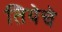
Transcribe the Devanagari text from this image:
तियेचे